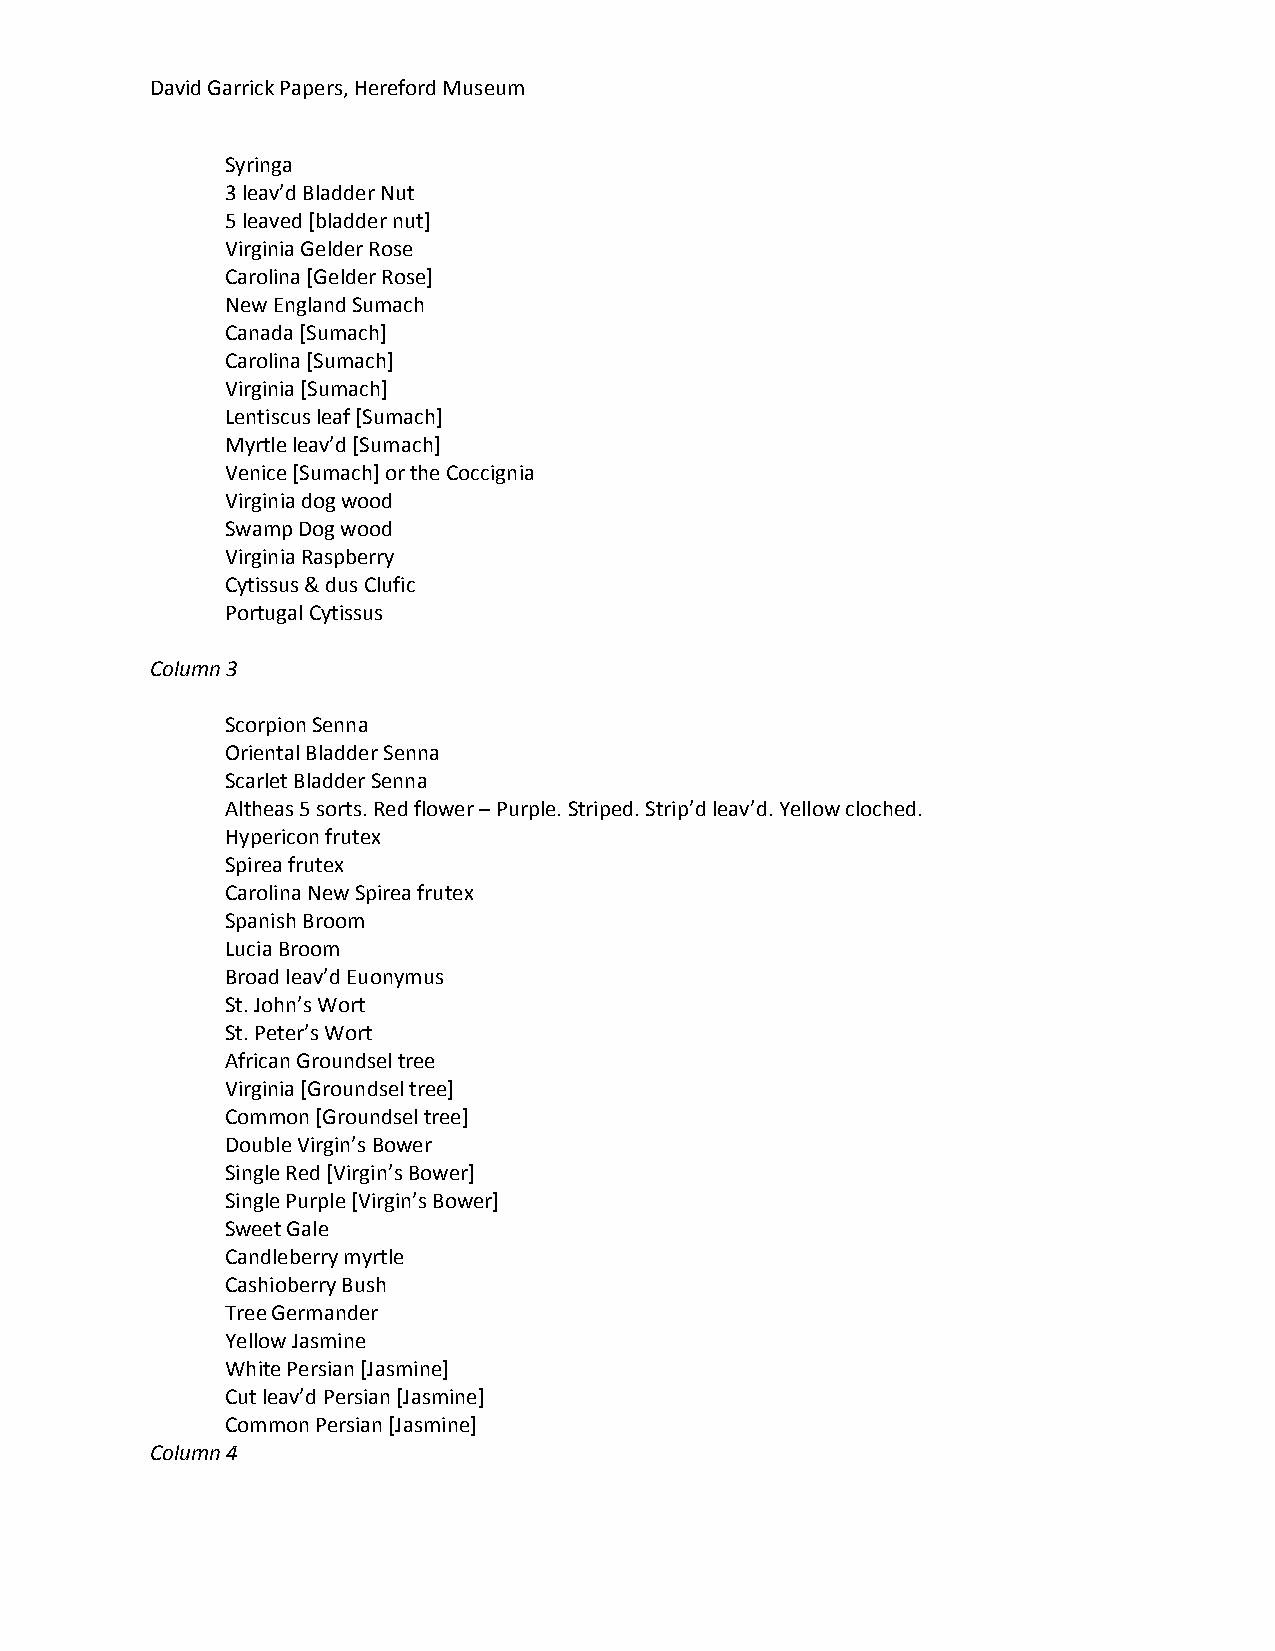
David Garrick Papers, Hereford Museum
 Syringa
 3 leav’d Bladder Nut
 5 leaved [bladder nut]
 Virginia Gelder Rose
 Carolina [Gelder Rose]
 New England Sumach
 Canada [Sumach]
 Carolina [Sumach]
 Virginia [Sumach]
 Lentiscus leaf [Sumach]
 Myrtle leav’d [Sumach]
 Venice [Sumach] or the Coccignia
 Virginia dog wood
 Swamp Dog wood
 Virginia Raspberry
 Cytissus & dus Clufic
 Portugal Cytissus
 Column 3
 Scorpion Senna
 Oriental Bladder Senna
 Scarlet Bladder Senna
 Altheas 5 sorts. Red flower – Purple. Striped. Strip’d leav’d. Yellow cloched.
 Hypericon frutex
 Spirea frutex
 Carolina New Spirea frutex
 Spanish Broom
 Lucia Broom
 Broad leav’d Euonymus
 St. John’s Wort
 St. Peter’s Wort
 African Groundsel tree
 Virginia [Groundsel tree]
 Common [Groundsel tree]
 Double Virgin’s Bower
 Single Red [Virgin’s Bower]
 Single Purple [Virgin’s Bower]
 Sweet Gale
 Candleberry myrtle
 Cashioberry Bush
 Tree Germander
 Yellow Jasmine
 White Persian [Jasmine]
 Cut leav’d Persian [Jasmine]
 Common Persian [Jasmine]
 Column 4